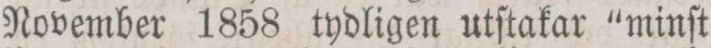
November 1858 tydligen utſtakar “minſt